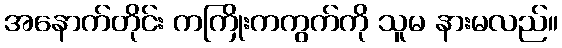
အနောက်တိုင်း ကကြိုးကကွက်ကို သူမ နားမလည်။